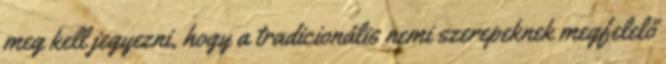
meg kell jegyezni, hogy a tradicionális nemi szerepeknek megfelelő